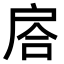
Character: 𢩅